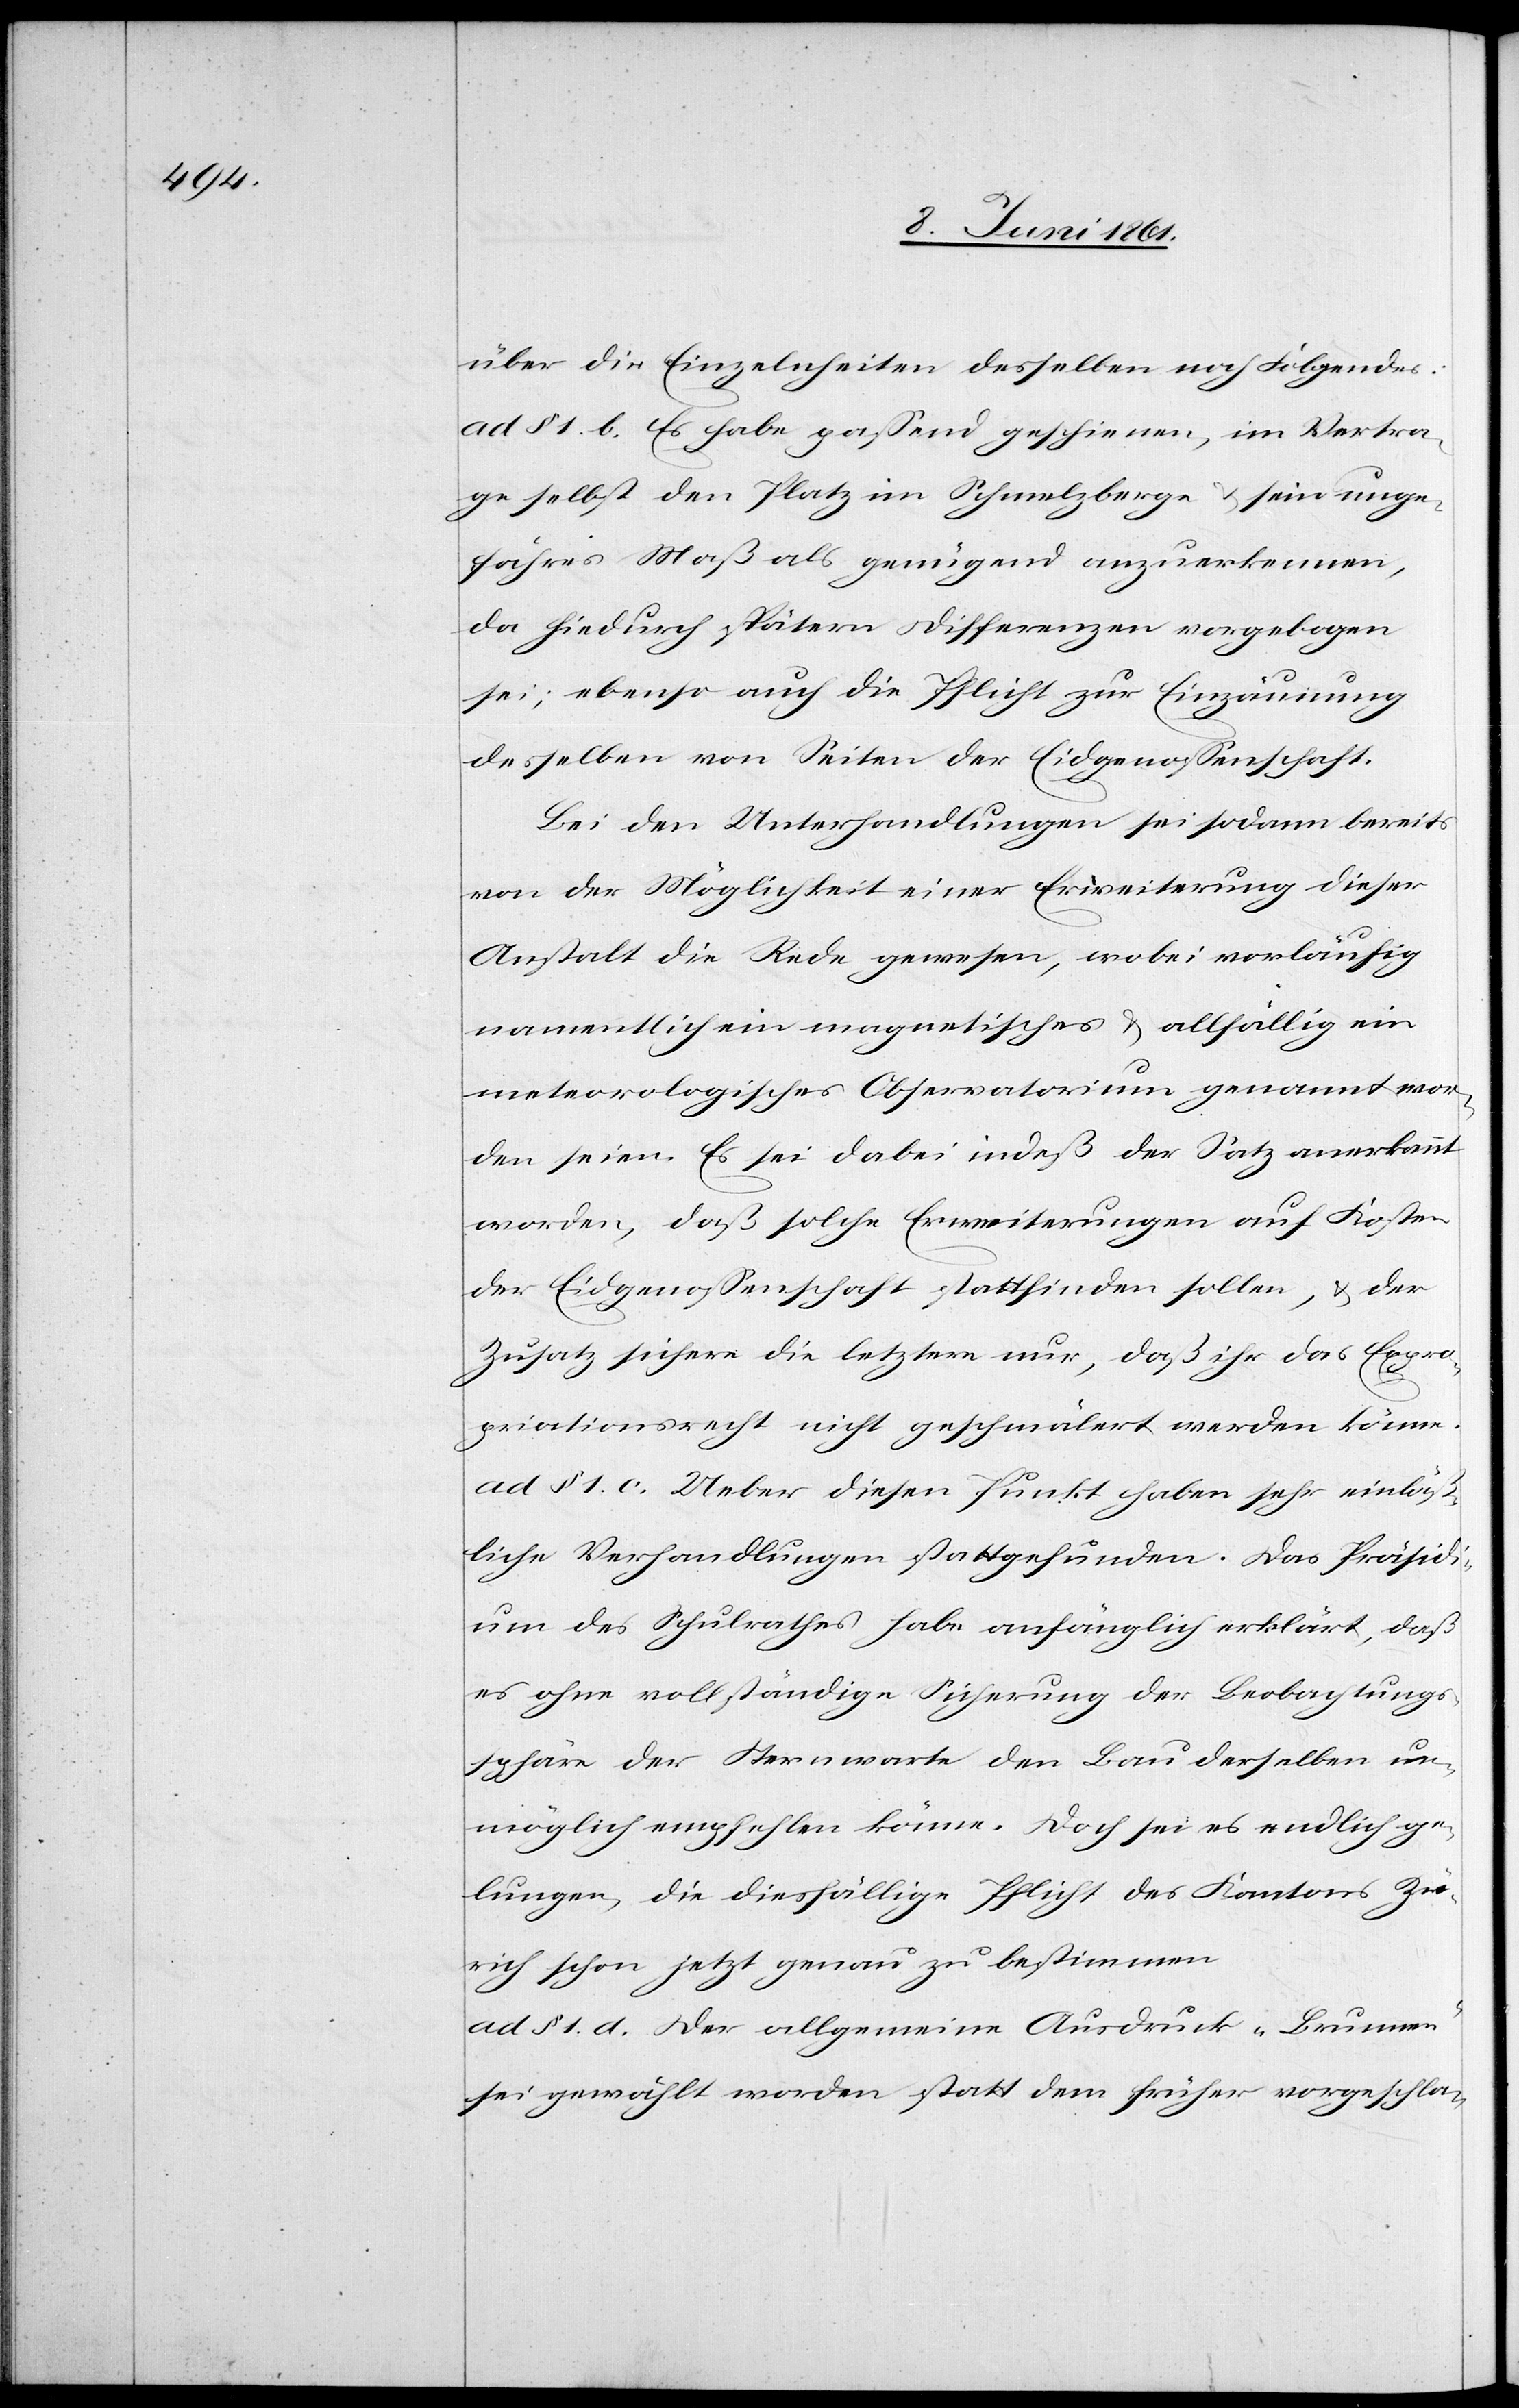
über die Einzelnheiten desselben noch Folgendes:
ad § 1 b. Es habe passend geschienen, im Vertra¬
ge selbst den Platz im Schmelzberge u. sein unge¬
fähres Maß als genügend anzuerkennen,
da hiedurch spätern Differenzen vorgebogen
sei; ebenso auch die Pflicht zur Einzäumung
desselben von Seiten der Eidgenossenschaft.
Bei den Unterhandlungen sei sodann bereits
von der Möglichkeit einer Erweiterung dieser
Anstalt die Rede gewesen, wobei vorläufig
namentlich ein magnetisches u. allfällig ein
meteorologisches Observatorium genannt wor¬
den seien. Es sei dabei indeß der Satz anerkannt
worden, daß solche Erweiterungen auf Kosten
der Eidgenossenschaft stattfinden sollen, u. der
Zusatz sichere die letztere nur, daß ihr das Expro¬
priationsrecht nicht geschmälert werden könne.
ad § 1 c. Ueber diesen Punkt haben sehr einläß¬
liche Verhandlungen stattgefunden. Das Präsidi¬
um des Schulrathes habe anfänglich erklärt, daß
es ohne vollständige Sicherung der Beobachtungs¬
sphäre der Sternwarte den Bau derselben un¬
möglich empfehlen könne. Doch sei es endlich ge¬
lungen, die diesfällige Pflicht des Kantons Zü¬
rich schon jetzt genau zu bestimmen.
ad § 1 d. Der allgemeine Ausdruck „Brunnen“
sei gewählt worden statt dem früher vorgeschla-